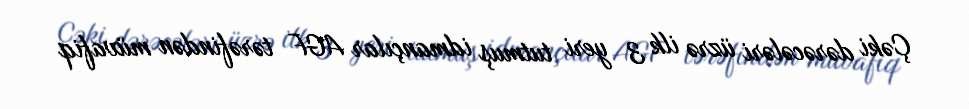
Çəki dərəcələri üzrə ilk 3 yeri tutmuş idmançılar AGF tərəfindən müvafiq